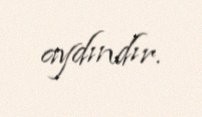
aydındır.